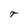
Character: T